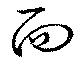
面